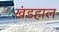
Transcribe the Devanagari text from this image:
खंडहाल